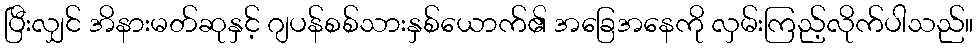
ပြီးလျှင် အိနားမတ်ဆုနှင့် ဂျပန်စစ်သားနှစ်ယောက်၏ အခြေအနေကို လှမ်းကြည့်လိုက်ပါသည်။